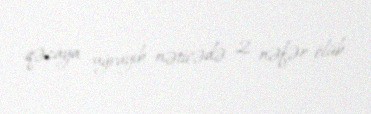
qəzaya uğrayıb, nəticədə 2 nəfər ölüb.